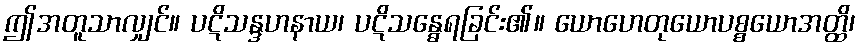
ဤအတူသာလျှင်။ ပဋိသန္ဒဟနာယ၊ ပဋိသန္ဓေရခြင်း၏။ ယောဟေတုယောပစ္စယောအတ္ထိ၊